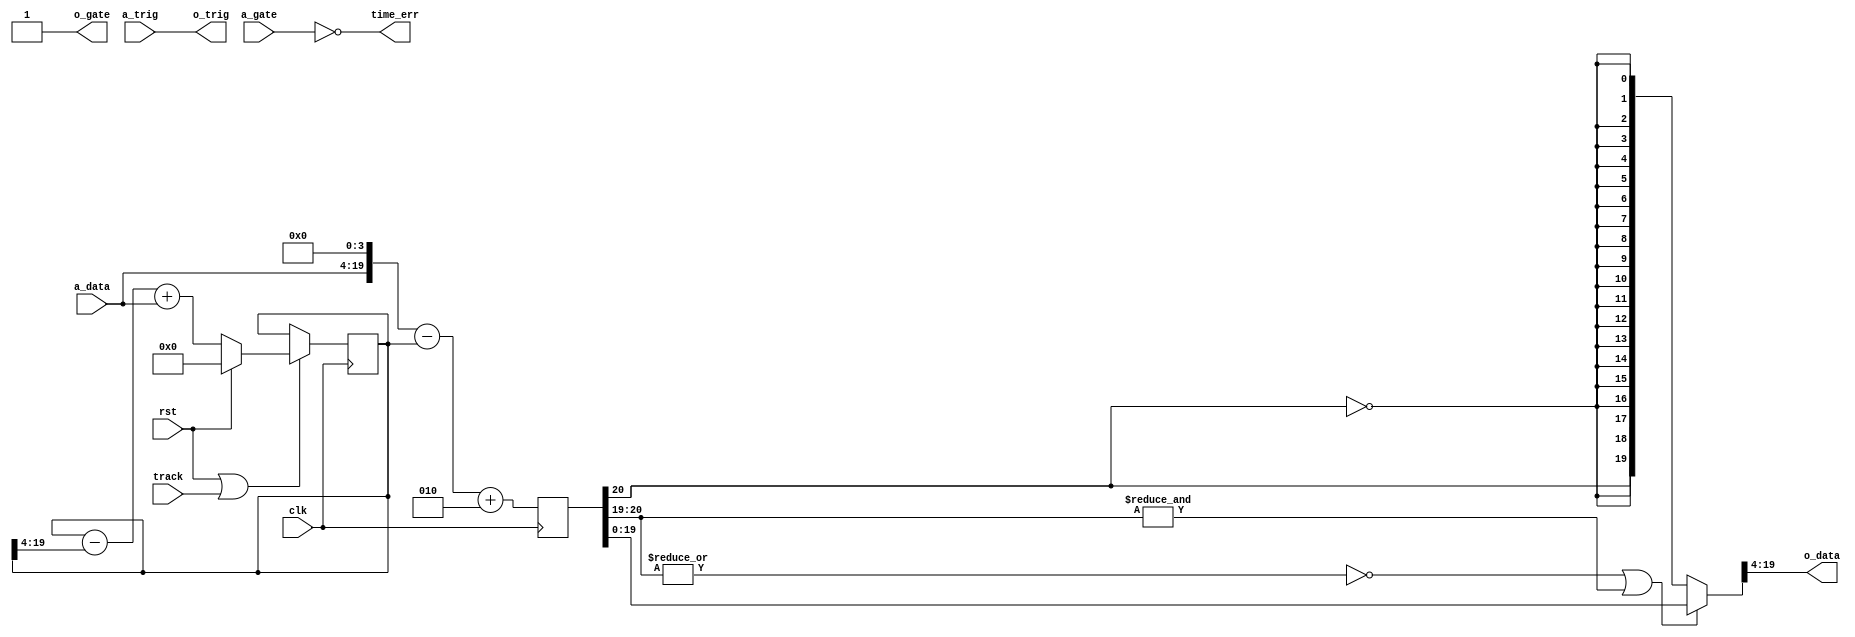
`timescale 1ns / 1ns

// Name: Washout (DC-reject) filter
// track input allows freezing DC offset.
// let N = 2^cut
// The filter has a z-plane zero at DC [1 + 0j] and 2 poles [0 + 0j], [(N-1)/N + 0j]
// Evaluating gain at f_s*7/33 using python3:
// from numpy import exp, pi; cut=4; N=2**cut; p=(N-1)/N
// z=exp(2j*pi*7/33); gain=(z-1)/z/(z-p); print(abs(gain))
// 1.031390721958454
module fwashout #(
	parameter a_dw = 16,
	parameter o_dw = 16,
	parameter cut = 4
) (
	input clk,  // timespec 8.0 ns
	input rst,  // active high, resets internal DC offset to zero
	input track,  // high for normal operation
	input signed [a_dw-1:0] a_data,  // Raw ADC samples
	input a_gate, a_trig,
	output signed [o_dw-1:0] o_data,  // Output data
	output o_gate, o_trig,
	output time_err
);

reg signed [a_dw+cut-1:0] dc=0;
reg signed [a_dw+cut-0:0] sub=0;
always @(posedge clk) begin
	if (rst|track) dc <= rst ? 0 : (dc - (dc>>>cut)+a_data);
	sub <= (a_data<<<cut) - dc + 2;
end

`define SAT(x,old,new) ((~|x[old:new] | &x[old:new]) ? x[new:0] : {x[old],{new{~x[old]}}})
wire signed [a_dw+cut-1:0] clipped=`SAT(sub,a_dw+cut,a_dw+cut-1);
assign o_data = clipped[a_dw+cut-1:cut];
`undef SAT

// Intended for raw ADC inputs.
// Could go back and make this module handle other data patterns

assign o_gate=1'b1;
assign o_trig=a_trig;
assign time_err=~a_gate;

endmodule